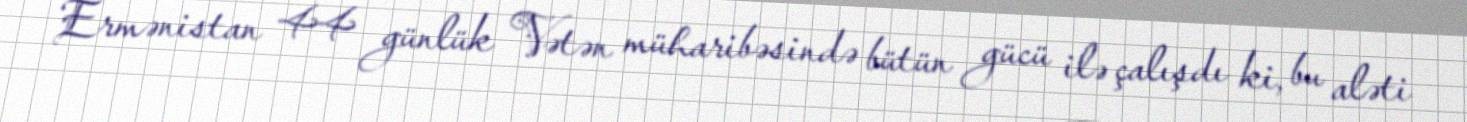
Ermənistan 44 günlük Vətən müharibəsində bütün gücü ilə çalışdı ki, bu aləti